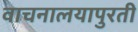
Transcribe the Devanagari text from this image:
वाचनालयापुरती